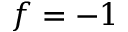
f = - 1